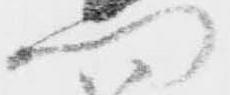
門